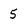
Character: 5